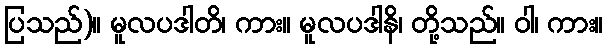
ပြသည်)။ မူလပဒါတိ၊ ကား။ မူလပဒါနိ၊ တို့သည်။ ဝါ၊ ကား။